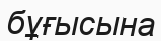
бұғысына